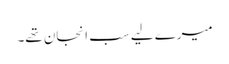
میرے لیے سب انجان تھے۔